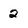
Character: 2